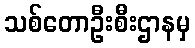
သစ်တောဦးစီးဌာနမှ